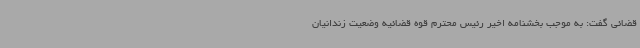
قضائی گفت: به موجب بخشنامه اخیر رئیس محترم قوه قضائیه وضعیت زندانیان